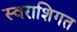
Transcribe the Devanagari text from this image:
स्वराशिगत